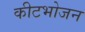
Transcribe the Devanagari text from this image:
कीटभोजन